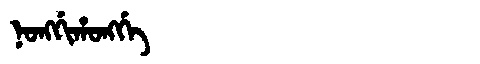
Manchu: ᠨᠣᠩᡤᡳᡥᠣᠩᡤᡝ
Romanization: NONGGIHONGGE